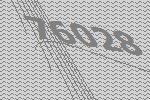
76028